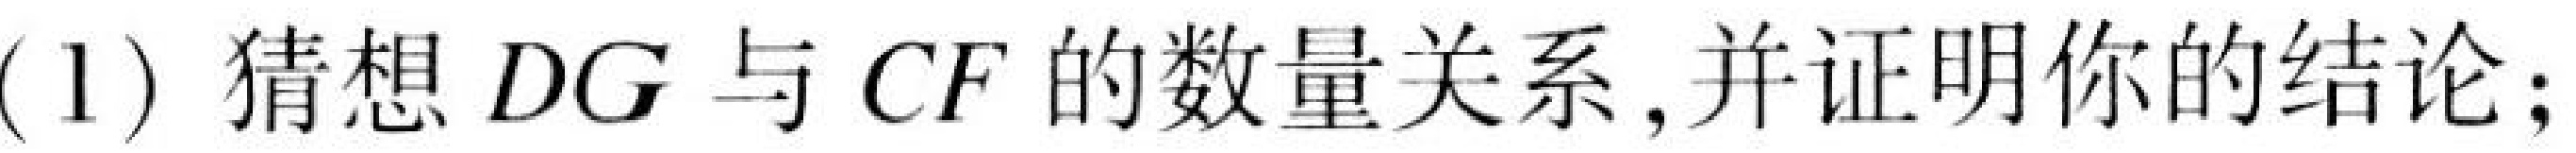
(1) 猜想\(DG\)与\(CF\)的数量关系,并证明你的结论;